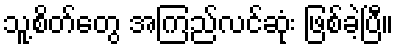
သူ့စိတ်တွေ အကြည်လင်ဆုံး ဖြစ်ခဲ့ပြီ။